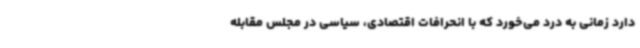
دارد زمانی به درد می‌خورد که با انحرافات اقتصادی، سیاسی در مجلس مقابله